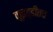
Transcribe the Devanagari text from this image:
क़ुइड्डीतच